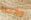
وقمنا